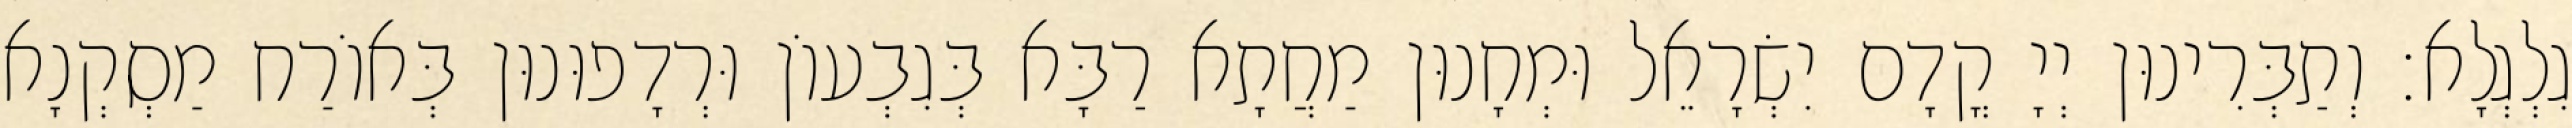
גִלְגְלָא׃ וְתַבְּרִינוּן יְיָ קֳדָם יִשְׂרָאֵל וּמְחָנוּן מַחֲתָא רַבָּא בְּגִבְעוֹן וּרְדָפוּנוּן בְּאוֹרַח מַסְקְנָא